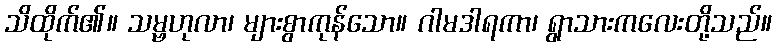
သိထိုက်၏။ သမ္ဗဟုလာ၊ များစွာကုန်သော။ ဂါမဒါရကာ၊ ရွာသားကလေးတို့သည်။